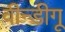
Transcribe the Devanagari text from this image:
वीन्डीगू